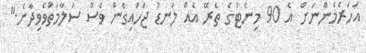
އަހަރެމެންނަށް އެ 90 މިނެޓުގެ ތެރޭ އެއް ލަނޑު ޖަހައިގެން ވެސް ސަލާމަތްވެވިދާނެ."